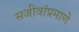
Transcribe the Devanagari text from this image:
सजीवांप्रमाणे